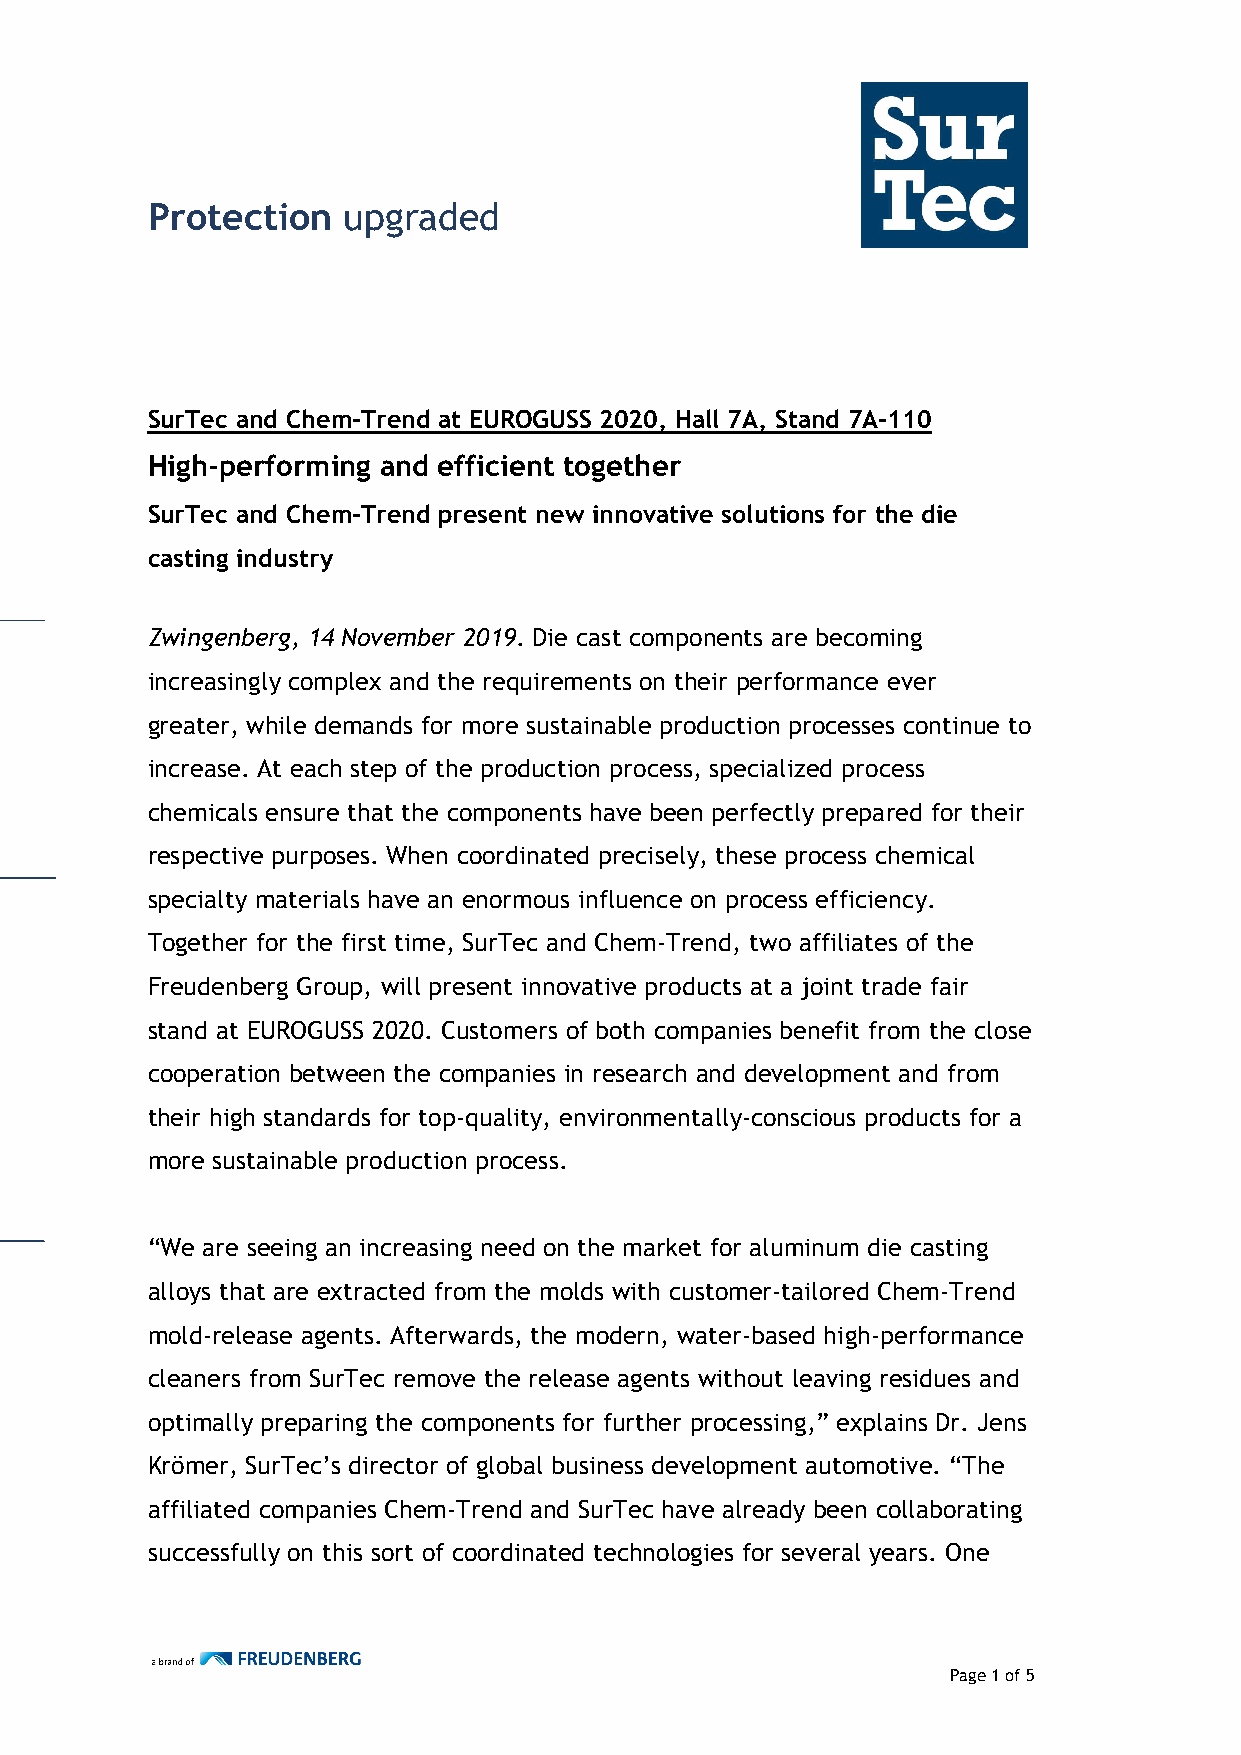
Protection   upgraded
 SurTec and Chem-Trend at EUROGUSS 2020, Hall 7A, Stand 7A-110
 High-performing and efficient together
 SurTec and Chem-Trend present new innovative solutions for the die
 casting industry
 Zwingenberg, 14 November 2019. Die cast components are becoming
 increasingly complex and the requirements on their performance ever
 greater, while demands for more sustainable production processes continue to
 increase. At each step of the production process, specialized process
 chemicals ensure that the components have been perfectly prepared for their
 respective purposes. When coordinated precisely, these process chemical
 specialty materials have an enormous influence on process efficiency.
 Together for the first time, SurTec and Chem-Trend, two affiliates of the
 Freudenberg Group, will present innovative products at a joint trade fair
 stand at EUROGUSS 2020. Customers of both companies benefit from the close
 cooperation between the companies in research and development and from
 their high standards for top-quality, environmentally-conscious products for a
 more sustainable production process.
 “We are seeing an increasing need on the market for aluminum die casting
 alloys that are extracted from the molds with customer-tailored Chem-Trend
 mold-release agents. Afterwards, the modern, water-based high-performance
 cleaners from SurTec remove the release agents without leaving residues and
 optimally preparing the components for further processing,” explains Dr. Jens
 Krömer, SurTec’s director of global business development automotive. “The
 affiliated companies Chem-Trend and SurTec have already been collaborating
 successfully on this sort of coordinated technologies for several years. One
 Page 1 of 5